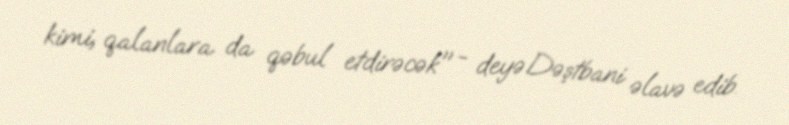
kimi, qalanlara da qəbul etdirəcək" - deyə Dəştbani əlavə edib.